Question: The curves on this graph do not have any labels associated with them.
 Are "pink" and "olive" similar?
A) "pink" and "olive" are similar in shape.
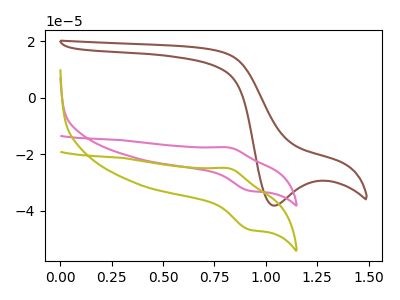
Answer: <think>The brown curve "brown" has a cathodic peak at: (1.05V, -38.10uA). The pink curve "pink" has an anodic peak at (0.80V, -17.60uA) and a cathodic peak at (0.90V, -32.85uA). The olive curve "olive" has an anodic peak at (0.80V, -24.95uA) and a cathodic peak at (0.90V, -46.55uA).
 All the peaks in "pink" have a peak in "olive" at the same potential.</think>
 <answer>A) "pink" and "olive" are similar in shape.</answer>
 <eval>A</eval>